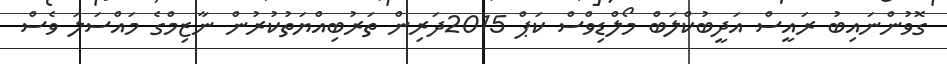
ގޮވުންނައިބު ރައީސް އަދީބުކްލަބް މޯލްޑިވްސް ކަޕް 2015ދަރިން ތަރުބިއްޔަތުކުރުން ނާޒިމްގެ މައްސަލަ ވެސް